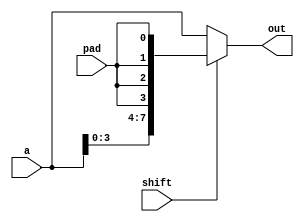
module x_bit_shifter #(
  parameter BITS = 8,
  parameter SHIFT = 4
) (
  input [BITS-1:0] a,
  input shift,
  input pad,
  output [BITS-1:0] out
);

wire [BITS-1:0] alt;

assign alt = {a[(BITS-1-SHIFT):0], {SHIFT{pad}}};

assign out = shift ? alt : a;

endmodule